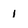
Character: 1